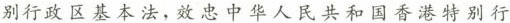
别行政区基本法，效忠中华人民共和国香港特别行